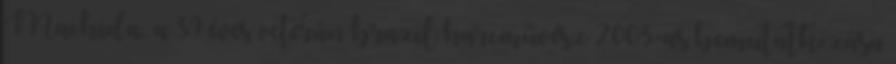
Machida, a 39 éves veterán brazil harcművész 2003-as bemutatkozása